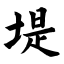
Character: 堤